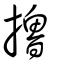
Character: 擼